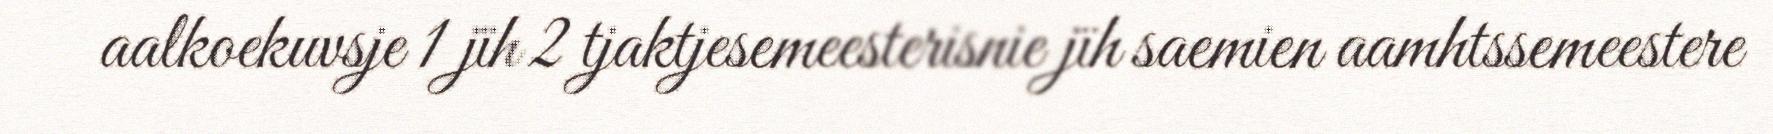
aalkoekuvsje 1 jïh 2 tjaktjesemeesterisnie jïh saemien aamhtssemeestere